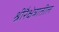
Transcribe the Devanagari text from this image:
श्रीरैक्षेत्रातील